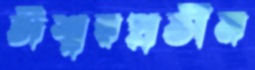
ঈশ্বরপ্রতীম